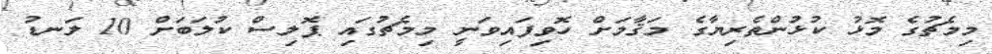
މިމެޗުގެ މޮޅު ކުޅުންތެރިޔާގެ މަޤާމަށް ހޮވިފައިވަނީ މިމެޗުގައި ޕޮލިސް ކުލަބަށް 10 ލަނޑު